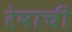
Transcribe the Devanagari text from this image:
रेषाची